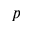
p